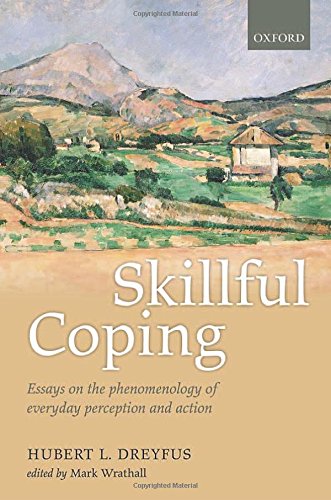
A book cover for Skillful Coping: Essays on the phenomenology of everyday perception and action; Hubert L. Dreyfus; Politics & Social Sciences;